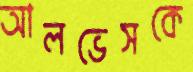
আলভেসকে